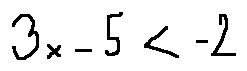
3 x - 5 < - 2